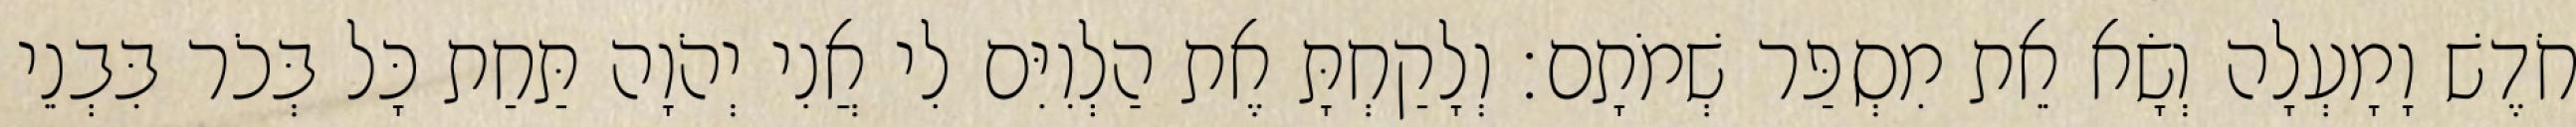
חֹדֶשׁ וָמָעְלָה וְשָׂא אֵת מִסְפַּר שְׁמֹתָם׃ וְלָקַחְתָּ אֶת הַלְוִיִּם לִי אֲנִי יְהֹוָה תַּחַת כָּל בְּכֹר בִּבְנֵי